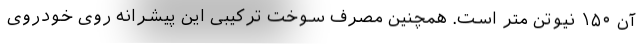
آن ۱۵۰ نیوتن متر است. همچنین مصرف سوخت ترکیبی این پیشرانه روی خودروی